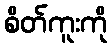
စိတ်ကူးကို